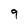
Character: 9